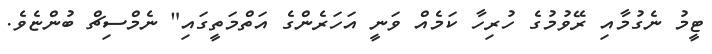
ޓީމު ނެގުމާއި ރޭވުމުގެ ހުރިހާ ކަމެއް ވަނީ އަހަރެންގެ އަތްމަތީގައި" ނެމްސިޗް ބުންޏެވެ.